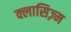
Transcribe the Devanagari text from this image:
क्लासिज़्म